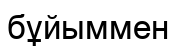
бұйыммен